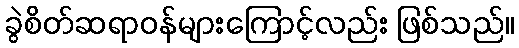
ခွဲစိတ်ဆရာဝန်များကြောင့်လည်း ဖြစ်သည်။